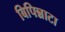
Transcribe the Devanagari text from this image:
बिपिन्नाटा